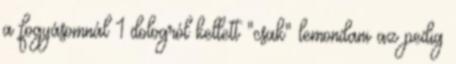
a fogyásomnál 1 dologról kellett "csak" lemondani az pedig